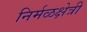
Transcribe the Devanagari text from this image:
निर्मळक्षेत्री